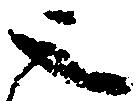
之